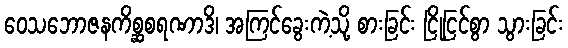
ဝေသဘောဇနကိစ္ဆစရဏာဒိ၊ အကြင်ခွေးကဲ့သို့ စားခြင်း ငြိုငြင်စွာ သွားခြင်း